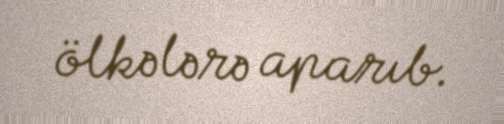
ölkələrə aparıb.